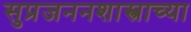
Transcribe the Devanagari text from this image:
सुप्रजननशास्त्राच्या